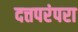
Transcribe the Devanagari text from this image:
दत्तपरंपरा